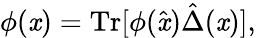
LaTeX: \phi(\mathit{x})=\mathrm{{Tr}}[\phi(\hat{{\mathit{x}}})\hat{{\Delta}}(\mathit{x})],